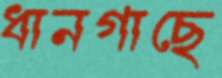
ধানগাছে